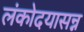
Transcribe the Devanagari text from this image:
लंकोदयासन्न